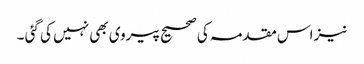
نیز اس مقدمہ کی صحیح پیروی بھی نہیں کی گئی ۔